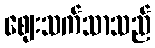
ဈေးသက်သာသည်